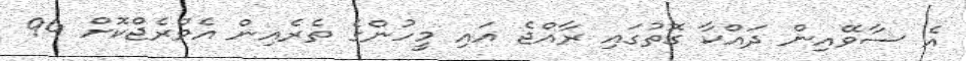
އެ ސާވޭއިން ދައްކާ ގޮތުގައި ރާއްޖެ އައި މީހުންގެ ތެރެއިން އެވްރެޖްކޮށް 94